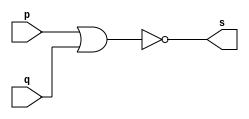
// ---------
// Exemplo0007 - NOR
// Nome:Felipe Pacfico
// -----------------
// -----------------
// -- NOR gate
module norgate(output s, input p, input q);
assign s = ~(p|q);
endmodule // norgate
// ------------
// -- test NOR gate
// ------------
module testenorgate;
// ----------------------- dados locais
reg a,b; //definir registrador
			//(variavel independente)
wire s;  //definir conexao(fio)
			//(variavel dependente)
// --------------- instancia
norgate NOR1 (s,a,b);
// --------------- preparacao
initial begin: start
a=0;
b=0;
end
// -------------- parte principal
initial begin
$display("Exemplo0007 - Felipe Pacfico - 389868");
$display("Test NOR gate");
$display("\na ~| b = s\n");
a=0; b=0;
#1 $display("%b ~| %b = %b",a,b,s);
a=0; b=1;
#1 $display("%b ~| %b = %b",a,b,s);
a=1; b=0;
#1 $display("%b ~| %b = %b",a,b,s);
a=1; b=1;
#1 $display("%b ~| %b = %b",a,b,s); 			
end
endmodule // testnorgate